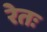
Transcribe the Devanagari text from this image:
रेतः